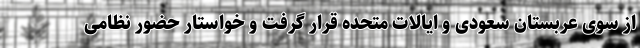
از سوی عربستان سعودی و ایالات متحده قرار گرفت و خواستار حضور نظامی